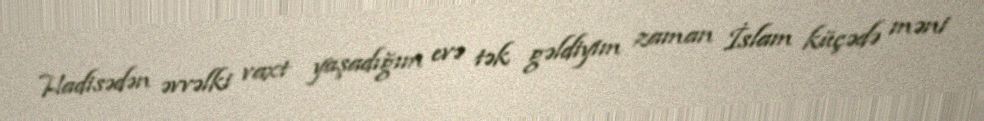
Hadisədən əvvəlki vaxt yaşadığım evə tək gəldiyim zaman İslam küçədə məni